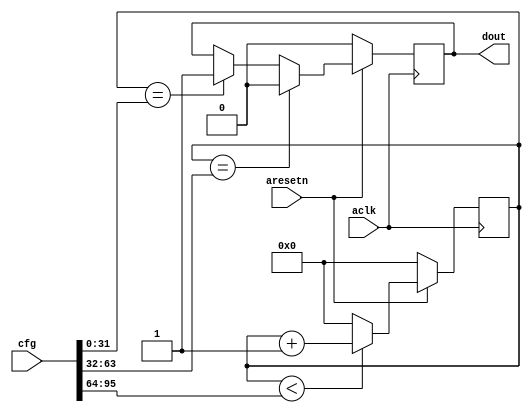

`timescale 1 ns / 1 ps

module pulse_generator
(
  input  wire        aclk,
  input  wire        aresetn,

  input  wire [95:0] cfg,

  output wire        dout
);

  reg int_dout_reg, int_dout_next;
  reg [31:0] int_cntr_reg, int_cntr_next;

  always @(posedge aclk)
  begin
    if(~aresetn)
    begin
      int_dout_reg <= 1'b0;
      int_cntr_reg <= 32'd0;
    end
    else
    begin
      int_dout_reg <= int_dout_next;
      int_cntr_reg <= int_cntr_next;
    end
  end

  always @*
  begin
    int_dout_next = int_dout_reg;
    int_cntr_next = int_cntr_reg;

    if(int_cntr_reg == cfg[31:0])
    begin
      int_dout_next = 1'b1;
    end

    if(int_cntr_reg == cfg[63:32])
    begin
      int_dout_next = 1'b0;
    end

    if(int_cntr_reg < cfg[95:64])
    begin
      int_cntr_next = int_cntr_reg + 1'b1;
    end
    else
    begin
      int_cntr_next = 32'd0;
    end
  end

  assign dout = int_dout_reg;

endmodule